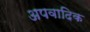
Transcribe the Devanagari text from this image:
अपवादिक